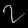
Digit: ၇